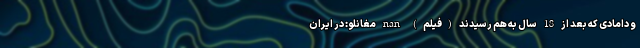
و دامادی که بعد از 18 سال به هم رسیدند (فیلم) nan مغانلو: در ایران